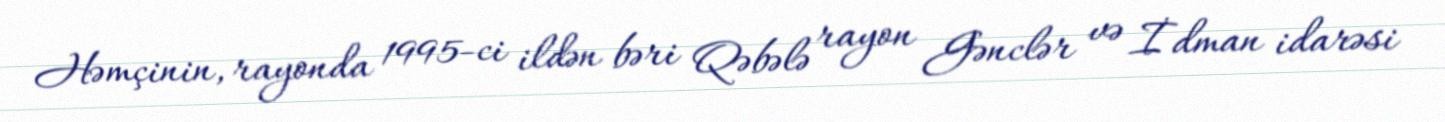
Həmçinin, rayonda 1995-ci ildən bəri Qəbələ rayon Gənclər və İdman idarəsi